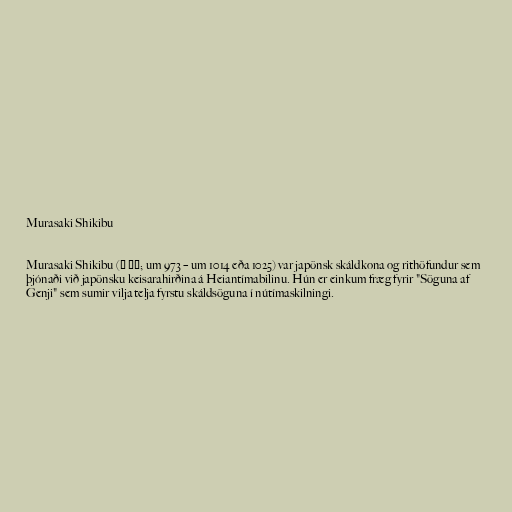
Murasaki Shikibu

Murasaki Shikibu (紫 式部; um 973 – um 1014 eða 1025) var japönsk skáldkona og rithöfundur sem
þjónaði við japönsku keisarahirðina á Heiantímabilinu. Hún er einkum fræg fyrir "Söguna af
Genji" sem sumir vilja telja fyrstu skáldsöguna í nútímaskilningi.